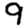
Digit: 9